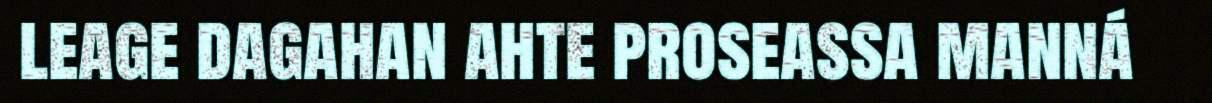
leage dagahan ahte proseassa manná